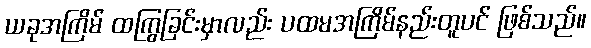
ယခုအကြိမ် ထကြွခြင်းမှာလည်း ပထမအကြိမ်နည်းတူပင် ဖြစ်သည်။